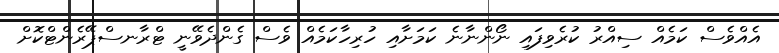
އެއްވެސް ކަމެއް ސިއްރު ކުރެވިފައި ނޯންނާނެ ކަމަށާއި ހުރިހާކަމެއް ވެެސް ގެންދެވޭނީ ޓްރާނސްޕޭރެންޓްކޮށް